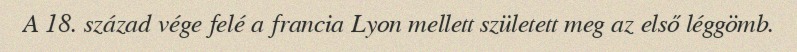
A 18. század vége felé a francia Lyon mellett született meg az első léggömb.